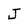
Character: J